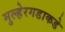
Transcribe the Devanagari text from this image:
मुल्हेरगडाकडे